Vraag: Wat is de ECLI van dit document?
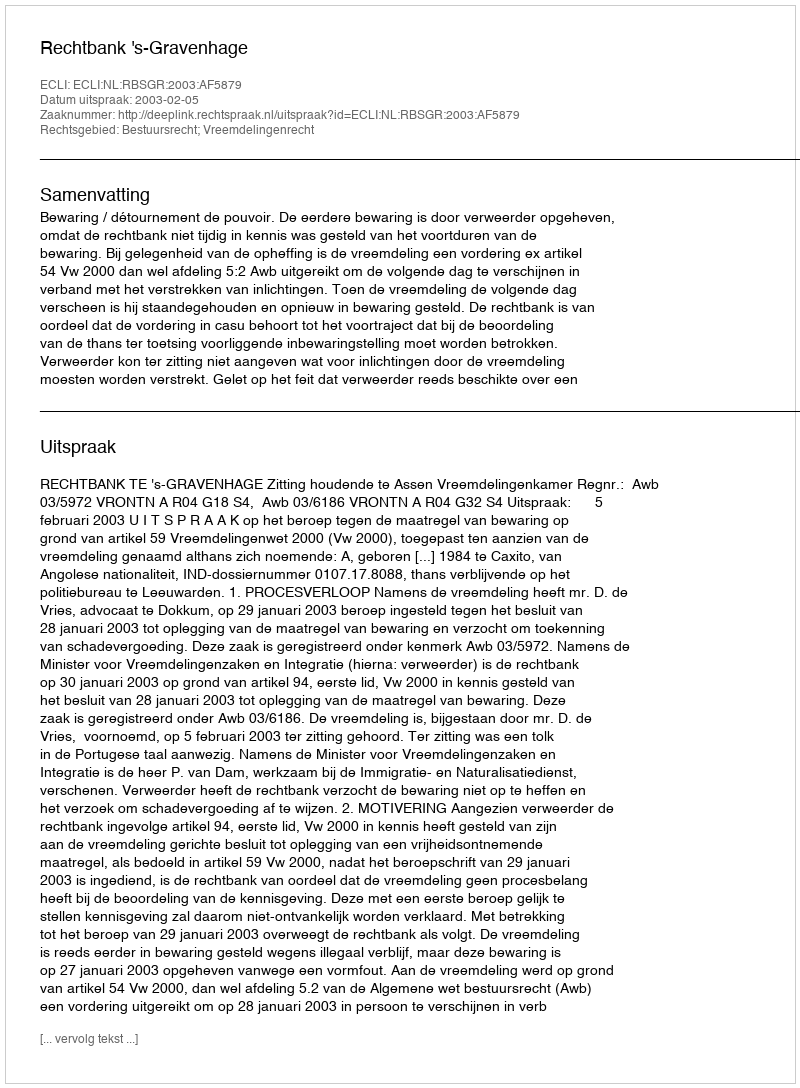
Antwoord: ECLI:NL:RBSGR:2003:AF5879